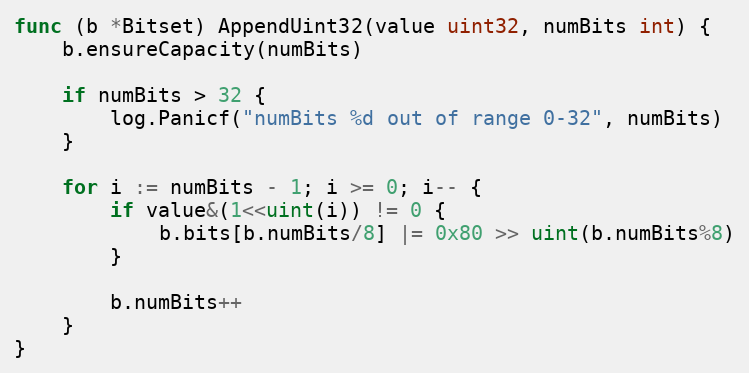
Language: Go
func (b *Bitset) AppendUint32(value uint32, numBits int) {
	b.ensureCapacity(numBits)

	if numBits > 32 {
		log.Panicf("numBits %d out of range 0-32", numBits)
	}

	for i := numBits - 1; i >= 0; i-- {
		if value&(1<<uint(i)) != 0 {
			b.bits[b.numBits/8] |= 0x80 >> uint(b.numBits%8)
		}

		b.numBits++
	}
}